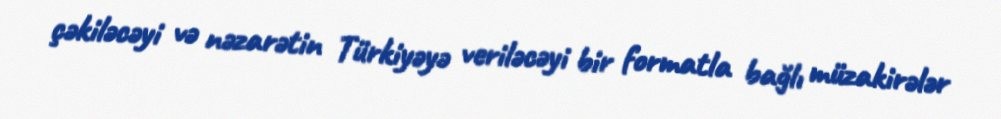
çəkiləcəyi və nəzarətin Türkiyəyə veriləcəyi bir formatla bağlı müzakirələr